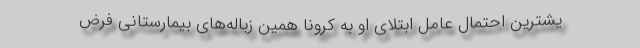
یشترین احتمال عامل ابتلای او به کرونا همین زباله‌های بیمارستانی فرض